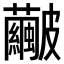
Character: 𥀹